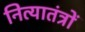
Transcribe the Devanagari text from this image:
नित्यातंत्रों